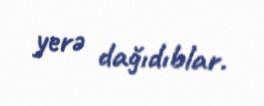
yerə dağıdıblar.